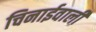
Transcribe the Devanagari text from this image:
चिनाईवालीं